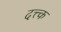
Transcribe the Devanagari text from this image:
दत्त्क